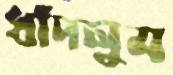
ধাঁদলুম